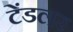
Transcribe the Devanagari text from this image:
टेंडलर